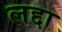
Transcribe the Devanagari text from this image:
लद्दा